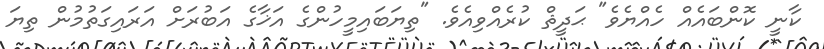
ކާނީ ކޮންބައެއް ހެއްޔެވެ" ޙަދީޘް ކުރެއްވިއެވެ. "ތިޔަބައިމީހުންގެ އަޚާގެ އަބުރަށް އަރައިގަތުމުން ތިޔަ